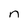
Character: r